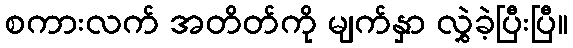
စကားလက် အတိတ်ကို မျက်နှာ လွှဲခဲ့ပြီးပြီ။